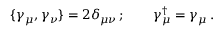
\{ \gamma _ { \mu } , \gamma _ { \nu } \} = 2 \delta _ { \mu \nu } \, ; \qquad \gamma _ { \mu } ^ { \dagger } = \gamma _ { \mu } \, .